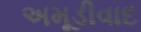
અમૂડીવાદ